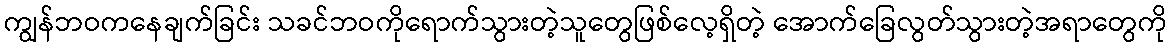
ကျွန်ဘဝကနေချက်ခြင်း သခင်ဘဝကိုရောက်သွားတဲ့သူတွေဖြစ်လေ့ရှိတဲ့ အောက်ခြေလွတ်သွားတဲ့အရာတွေကို